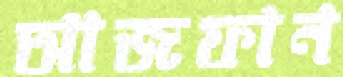
আজফান